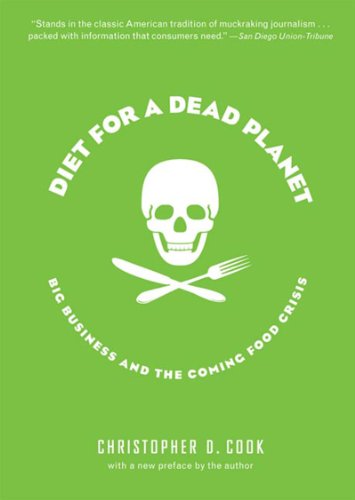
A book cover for Diet for a Dead Planet: Big Business and the Coming Food Crisis; Christopher D. Cook; Health, Fitness & Dieting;